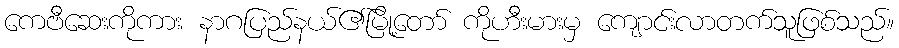
ကေဗီဆေးကိုကား နာဂပြည်နယ်၏မြို့တော် ကိုဟီးမားမှ ကျောင်းလာတက်သူဖြစ်သည်။